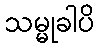
သမ္မုခါပိ